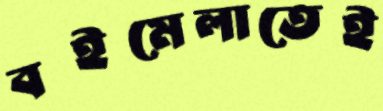
বইমেলাতেই